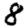
Digit: 8